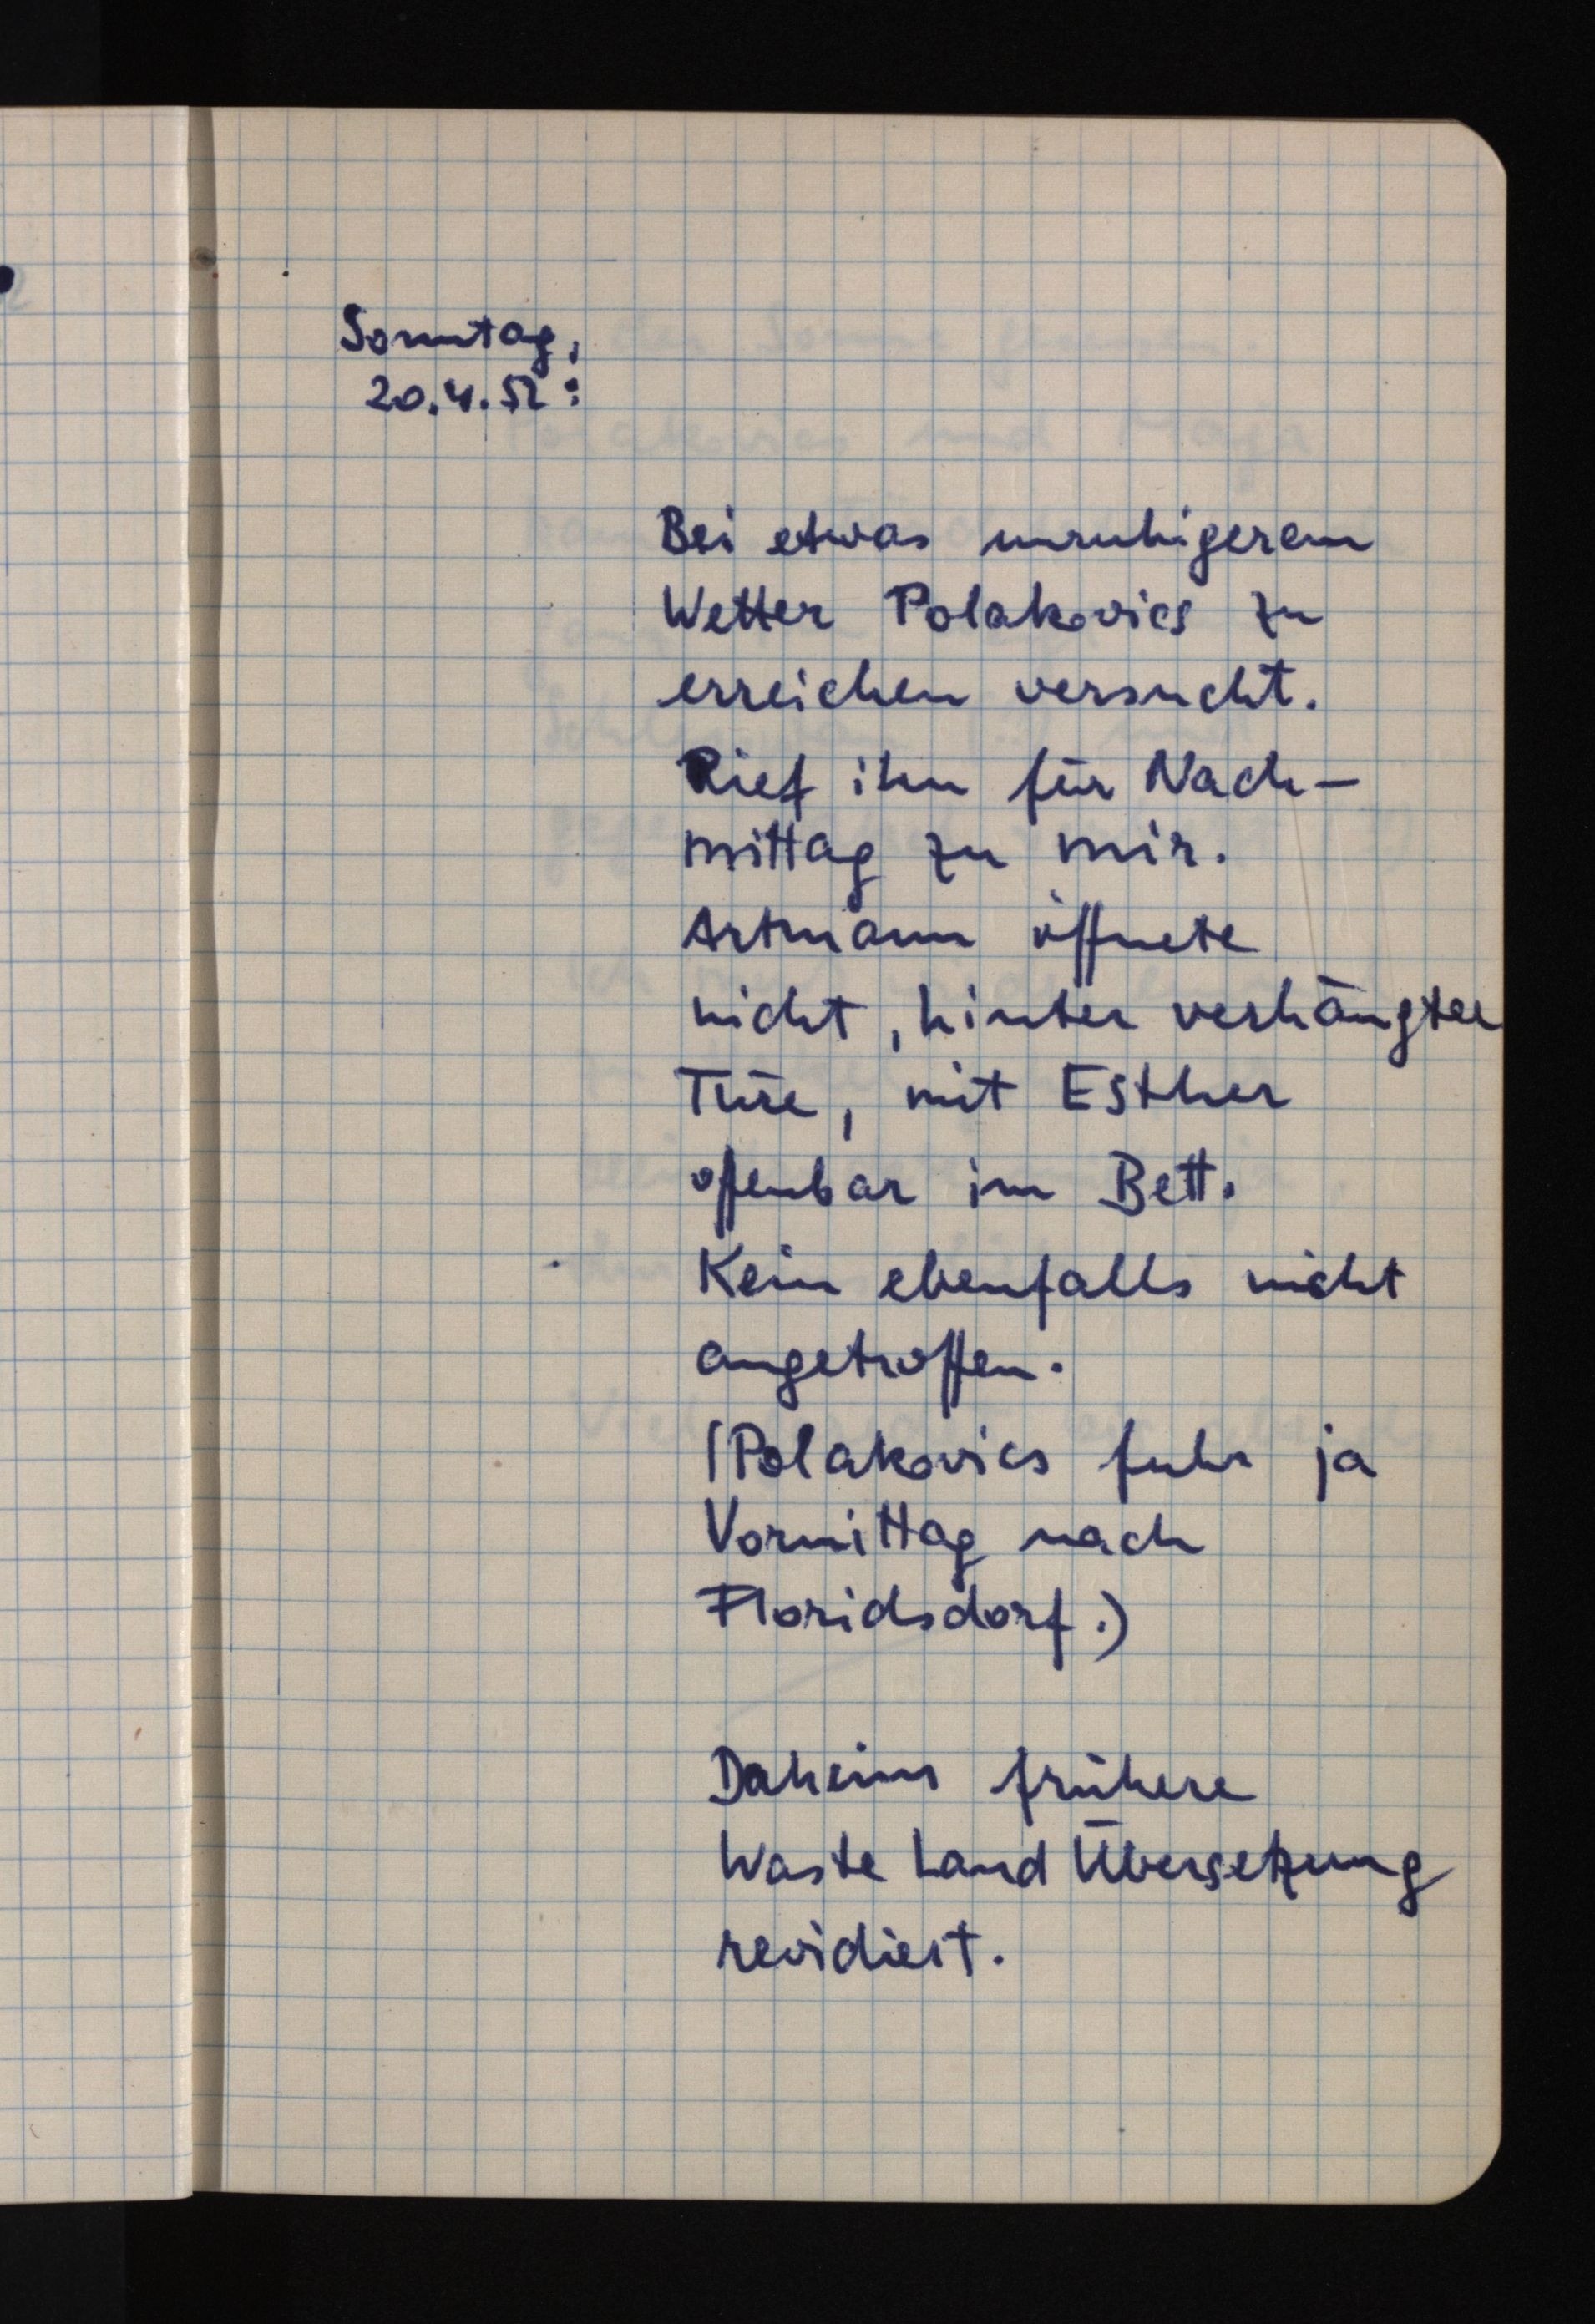
Sonntag,
20.4.52:
Bei etwas unruhigerem
Wetter Polakovics zu
erreichen versucht.
Rief ihn für Nach¬
mittag zu mir.
Artmann öffnete
nicht, hinter verhängter
Türe, mit Esther
offenbar im Bett.
Kein ebenfalls nicht
angetroffen.
(Polakovics fuhr ja
Vormittag nach
Floridsdorf.)
Daheim frühere
Waste Land Übersetzung
revidiert.